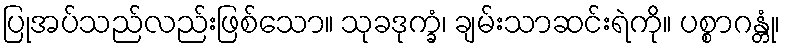
ပြုအပ်သည်လည်းဖြစ်သော။ သုခဒုက္ခံ၊ ချမ်းသာဆင်းရဲကို။ ပစ္စာဂန္တုံ၊